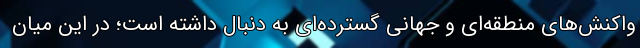
واکنش‌های منطقه‌ای و جهانی گسترده‌ای به دنبال داشته است؛ در این میان